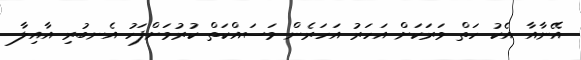
އޭނާއާ އެކު ހަތް ވަރަކަށް އަހަރު އަހަރެން މަސައްކަތް ކުރުމަށްފަހު އެނބުރި އާއިލާ